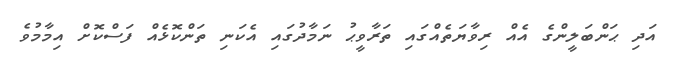
އަދި ޙަންބަލީންގެ އެއް ރިވާޔަތެއްގައި ތަރާވީޙު ނަމާދުގައި އެކަނި ތަންކޮޅެއް ފަސްކޮށް އިމާމުވެ